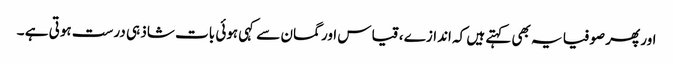
اور پھر صوفیا یہ بھی کہتے ہیں کہ اندازے ، قیاس اور گمان سے کہی ہوئی بات شاذ ہی درست ہوتی ہے ۔